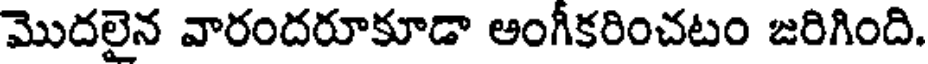
మొదలైన వారందరూకూడా అంగీకరించటం జరిగింది.